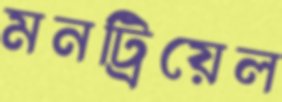
মনট্রিয়েল